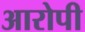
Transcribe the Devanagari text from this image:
अारोपी